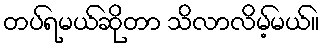
တပ်ရမယ်ဆိုတာ သိလာလိမ့်မယ်။